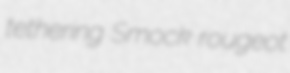
tethering Smock rougeot